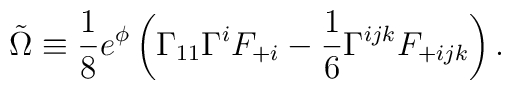
\tilde{\Omega}\equiv{1\over 8}e^{\phi}\left(\Gamma_{11}\Gamma^{i}F_{+i}-{1\over 6}\Gamma^{ijk}F_{+ijk}\right).